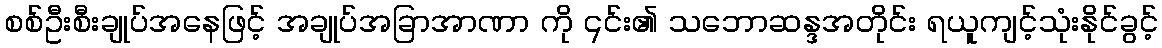
စစ်ဦးစီးချုပ်အနေဖြင့် အချုပ်အခြာအာဏာ ကို ၎င်း၏ သဘောဆန္ဒအတိုင်း ရယူကျင့်သုံးနိုင်ခွင့်